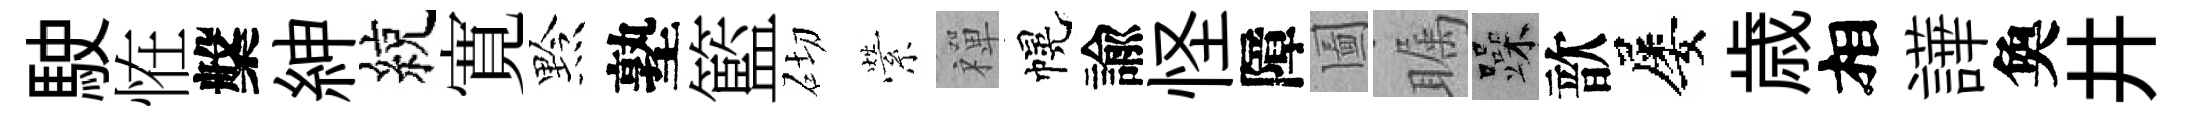
駛恠槃紳綂寛黔塾籃砌縈禪幌諭怪障圗瞩躁歆屡歳相譁奐井